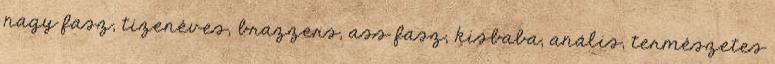
nagy fasz, tizenéves, brazzers, ass fasz, kisbaba, anális, természetes